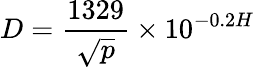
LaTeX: D={\frac{1329}{\sqrt{p}}}\times 10^{-0.2H}